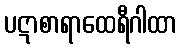
ပဋာစာရာထေရီဂါထာ